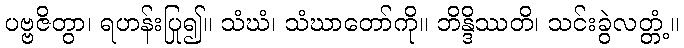
ပဗ္ဗဇိတွာ၊ ရဟန်းပြု၍။ သံဃံ၊ သံဃာတော်ကို။ ဘိန္ဒိဿတိ၊ သင်းခွဲလတ္တံ့။